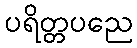
ပရိတ္တပညေ